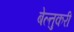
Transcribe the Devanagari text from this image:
बेल्तुकरी